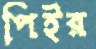
পিইর